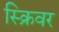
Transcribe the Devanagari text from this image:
स्क्रिवर